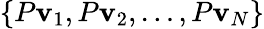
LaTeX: \{ P\mathbf{v}_{1},P\mathbf{v}_{2},\ldots,P\mathbf{v}_{N}\}